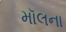
મૉલના